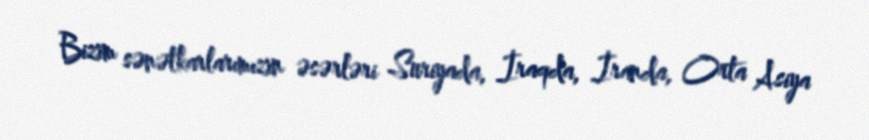
Bizim sənətkarlarımızın əsərləri Suriyada, İraqda, İranda, Orta Asiya